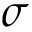
\sigma